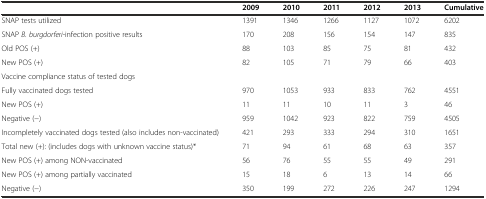
<table><thead><tr><td></td><td><b>2009</b></td><td><b>2010</b></td><td><b>2011</b></td><td><b>2012</b></td><td><b>2013</b></td><td><b>Cumulative</b></td></tr></thead><tbody><tr><td>SNAP tests utilized</td><td>1391</td><td>1346</td><td>1266</td><td>1127</td><td>1072</td><td>6202</td></tr><tr><td>SNAP <i>B. burgdorferi</i>-infection positive results</td><td>170</td><td>208</td><td>156</td><td>154</td><td>147</td><td>835</td></tr><tr><td>Old POS (+)</td><td>88</td><td>103</td><td>85</td><td>75</td><td>81</td><td>432</td></tr><tr><td>New POS (+)</td><td>82</td><td>105</td><td>71</td><td>79</td><td>66</td><td>403</td></tr><tr><td>Vaccine compliance status of tested dogs</td><td></td><td></td><td></td><td></td><td></td><td></td></tr><tr><td>Fully vaccinated dogs tested</td><td>970</td><td>1053</td><td>933</td><td>833</td><td>762</td><td>4551</td></tr><tr><td>New POS (+)</td><td>11</td><td>11</td><td>10</td><td>11</td><td>3</td><td>46</td></tr><tr><td>Negative (−)</td><td>959</td><td>1042</td><td>923</td><td>822</td><td>759</td><td>4505</td></tr><tr><td>Incompletely vaccinated dogs tested (also includes non-vaccinated)</td><td>421</td><td>293</td><td>333</td><td>294</td><td>310</td><td>1651</td></tr><tr><td>Total new (+): (includes dogs with unknown vaccine status)*</td><td>71</td><td>94</td><td>61</td><td>68</td><td>63</td><td>357</td></tr><tr><td>New POS (+) among NON-vaccinated</td><td>56</td><td>76</td><td>55</td><td>55</td><td>49</td><td>291</td></tr><tr><td>New POS (+) among partially vaccinated</td><td>15</td><td>18</td><td>6</td><td>13</td><td>14</td><td>66</td></tr><tr><td>Negative (−)</td><td>350</td><td>199</td><td>272</td><td>226</td><td>247</td><td>1294</td></tr></tbody></table>